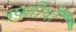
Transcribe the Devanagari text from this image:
उपतीर्थों